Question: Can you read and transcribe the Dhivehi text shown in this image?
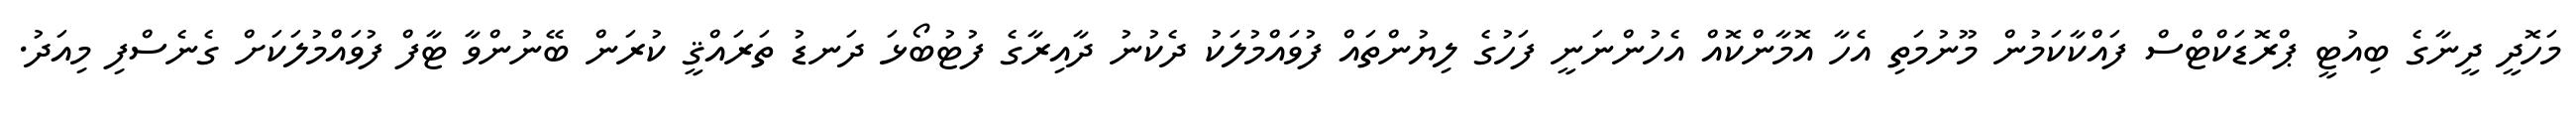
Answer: މަހޮދީ ދީނާގެ ބިއުޓީ ޕްރޮޑަކްޓްސް ފައްކާކަމުން މޫނުމަތި އެހާ އޮމާންކޮއް އެހުންނަނީ ފަހުގެ ލިޔުންތައް ފުވައްމުލަކު ދެކުނު ދާއިރާގެ ފުޓުބޯޅަ ދަނޑު ތަރައްޤީ ކުރަން ބޭނުންވާ ޓާފް ފުވައްމުލަކަށް ގެނެސްފި މިއަދު.